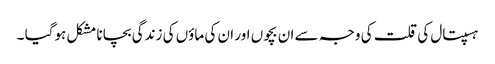
ہسپتال کی قلت کی وجہ سے ان بچوں اور ان کی ماؤں کی زندگی بچانا مشکل ہوگیا ۔